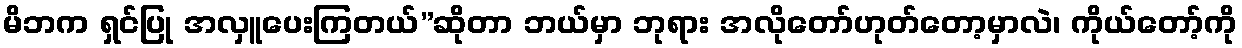
မိဘက ရှင်ပြု အလှူပေးကြတယ်”ဆိုတာ ဘယ်မှာ ဘုရား အလိုတော်ဟုတ်တော့မှာလဲ၊ ကိုယ်တော့်ကို